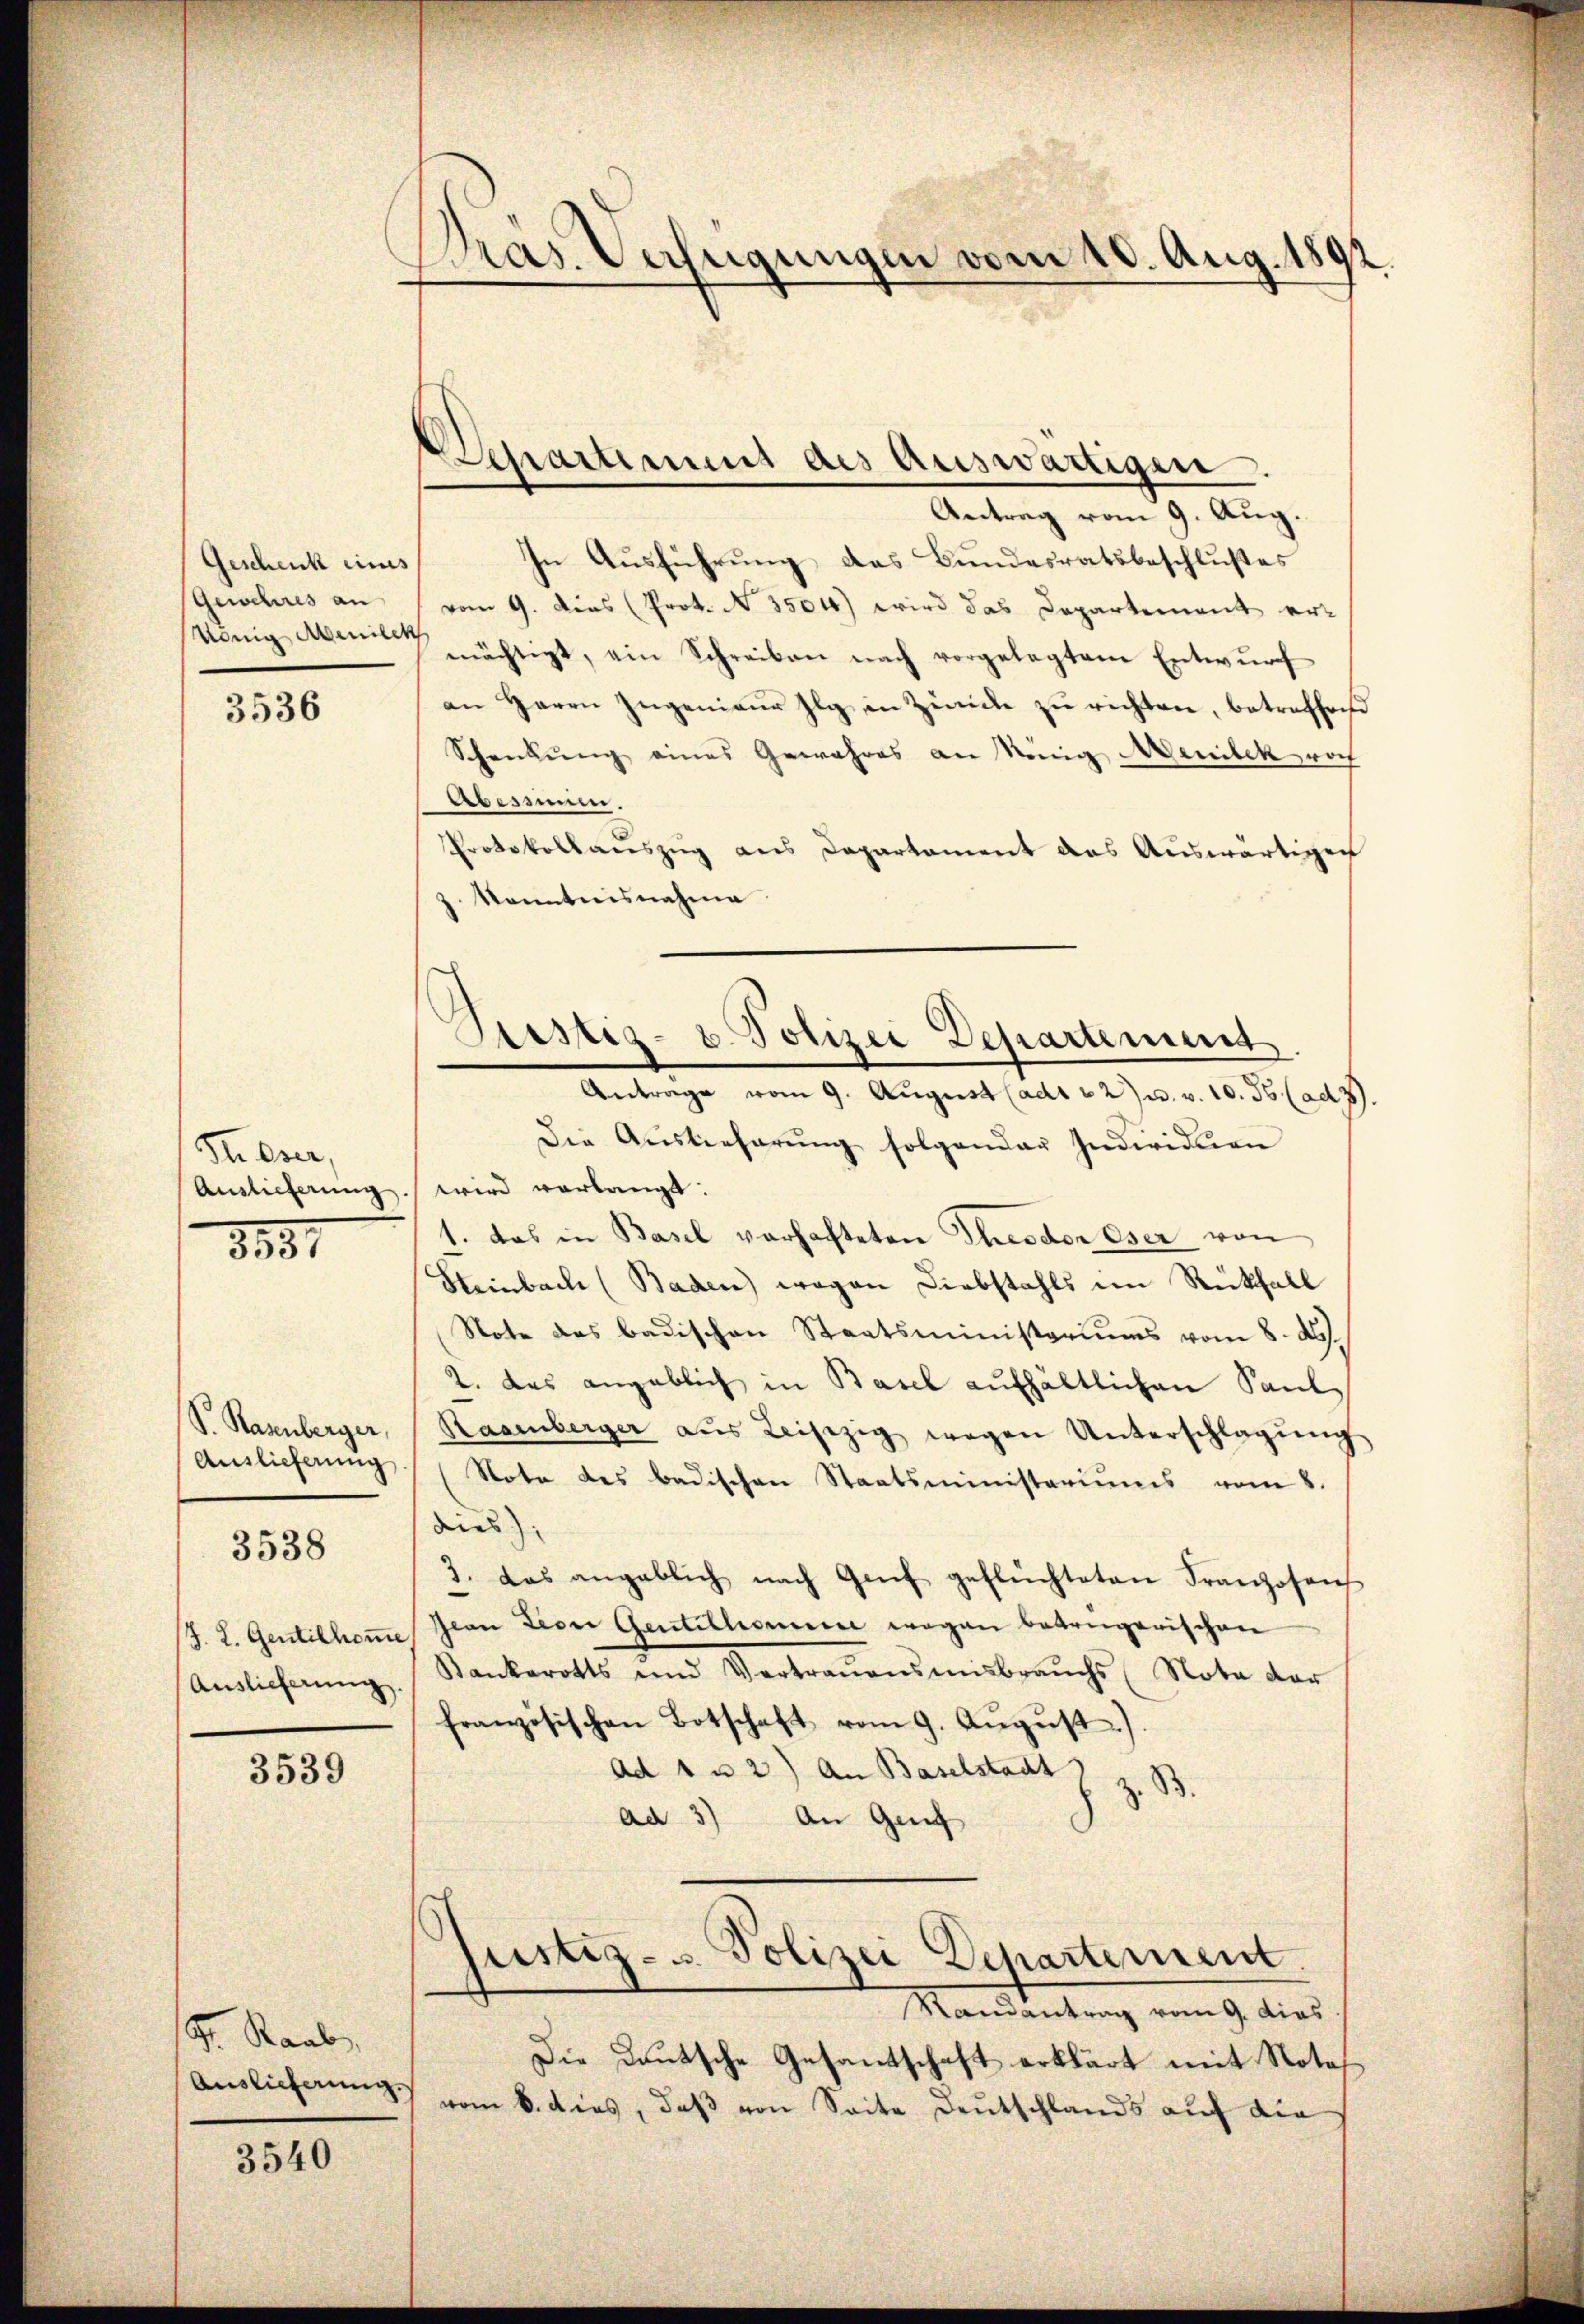
Geschenck eines
Gewehres an
König Meilet

3536

Sieser,
Auslieferung
8851

S. Rasenberger,
Auslieferung
/J. L. Gentilhomme
Auslieferung.

3538

3539

Gr. Raab,
Auslieferung.

3540

Das Verfügungen vom 10. Aug. 1892

Departinum des Auswärtigen

Testiz- u. Polizei Departement.
Antrage vom 9. August (adt v. 27 u. v. 10. 55 (ad 2

Antrag vom 9. Aug.
In Ausführung das Bundesratsbeschlußes
vom 9. dies (Prot. N. 3504) wird das Departement er-
mächtigt, ein Schreiben nach vorgelegtem Entwŭrf
an Herrn Ingenieŭr Ilg in Zürich zŭ richten, betreffene
Schenkung eines Gewahres an wenig Menitek noch
Abestimm
Protokollaŭszŭg ans Departament das Aŭswärtigen
z. kanntnisnahme
Die Auslieferŭng folgender Individuen
wird verlangt:
1. das in Basel verhafteten Theodor Eser von
Steinbach (Baden wegen Diebstahls im Rückfall
Note des Badischen Staatsministeriums vom 8. d.
2. das angeblich in Basel aufhältlichen Saul
Rasenberger aŭs Leiszig wegen Unterschlagŭng
(Note des badischen Staatsministeriums vom 8.
dies
3. Das angeblich nach Genf geflüchteten Franzosens
Gian Leon Gentillonere wegen betrügerischen
Kankarotts und Vertrauensmisbrauchs (Nota der
französischen Botschaft vom 9. Aŭgŭst)
Ad 1 u 2) An Baselstadt
ad 3) An Genf

Justiz- u. Polizei Departement

Randantrag vom 9. dies
Die Deutsche Gesantschaft erklärt mit Notavom 6. dies, daβ von Seite Deutschlands auf die